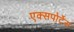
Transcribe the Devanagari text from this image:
एक्सपोर्टेस